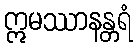
ဣမဿာနန္တရံ